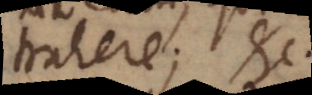
trahere; etc.